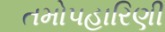
તમોપહારિણી